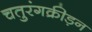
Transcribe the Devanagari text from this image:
चतुरंगक्रीड़न